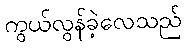
ကွယ်လွန်ခဲ့လေသည်